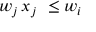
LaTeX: w _ { j } \, x _ { j } \ \leq w _ { i }